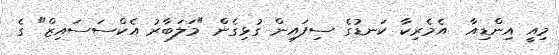
މިއީ އިންޑިއާ  އެމެރިކާ ކަނޑުގެ ސިފައިން ގުޅިގެން "މަލަބާރު އެކްސަސައިޒް" ގެ